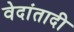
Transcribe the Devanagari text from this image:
वेदांतादी